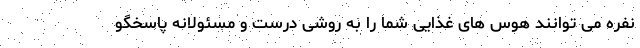
نفره می توانند هوس های غذایی شما را به روشی درست و مسئولانه پاسخگو